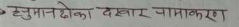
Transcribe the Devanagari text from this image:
हनुमानढोका दरबार सामायीकरण